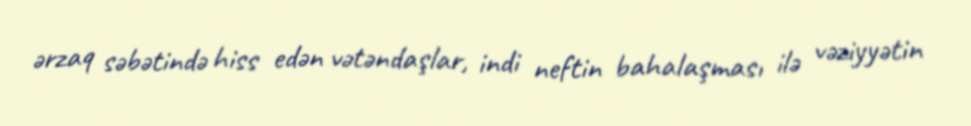
ərzaq səbətində hiss edən vətəndaşlar, indi neftin bahalaşması ilə vəziyyətin